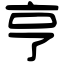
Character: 亨